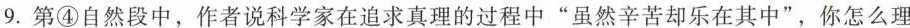
9.第④自然段中，作者说科学家在追求真理的过程中”虽然辛苦却乐在其中”，你怎么理